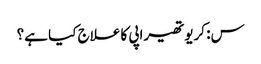
س: کریوتھیراپی کا علاج کیا ہے؟